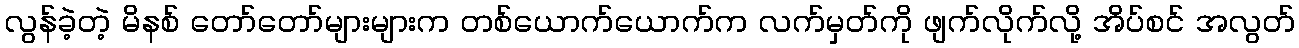
လွန်ခဲ့တဲ့ မိနစ် တော်တော်များများက တစ်ယောက်ယောက်က လက်မှတ်ကို ဖျက်လိုက်လို့ အိပ်စင် အလွတ်